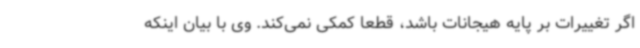
اگر تغییرات بر پایه هیجانات باشد، قطعاً کمکی نمی‌کند. وی با بیان اینکه